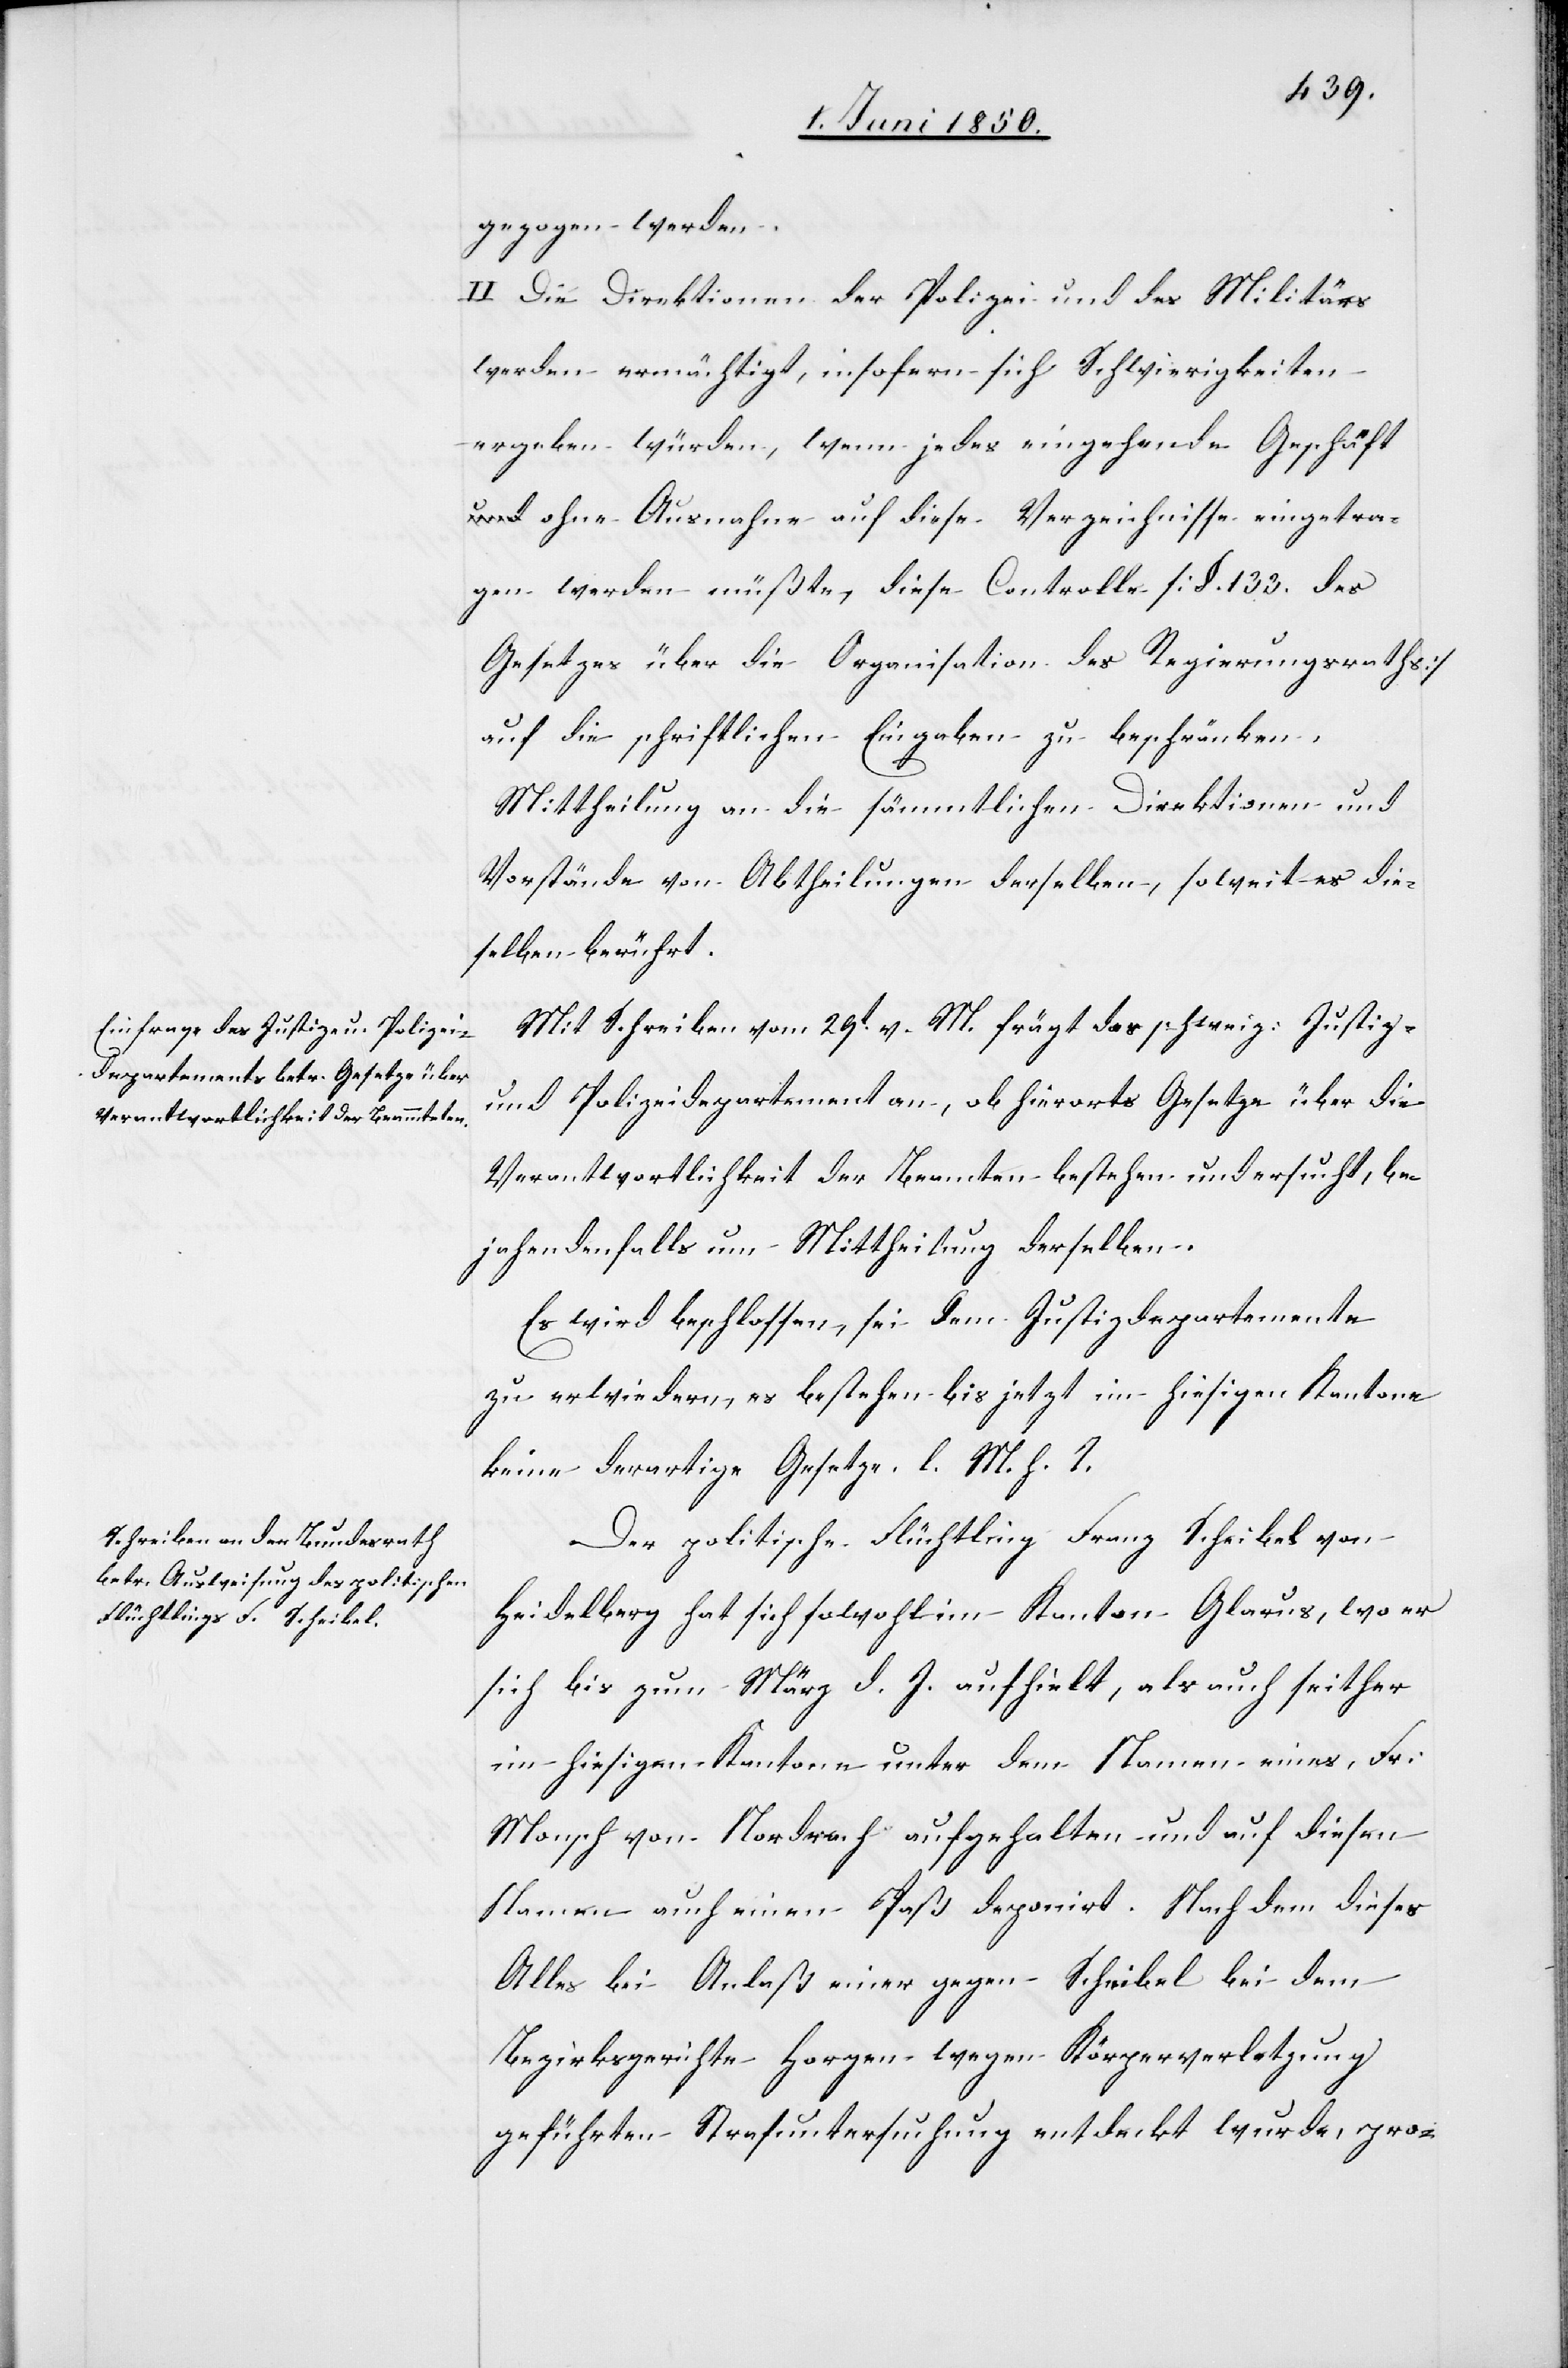
gezogen werden.
II Die Direktionen der Polizei und des Militärs
werden ermächtigt, insofern sich Schwierigkeiten
ergeben würden, wenn jedes eingehende Geschäf¬
t ohne Ausnahme auf diese Verzeichnisse eingetra¬
gen werden müßte, diese Controlle [§. 133. des
Gesetzes über die Organisation des Regierungsraths]
auf die schriftlichen Eingaben zu beschränken.
Mittheilung an die sämmtlichen Direktionen und
Vorstände von Abtheilungen derselben, soweit es die¬
selben berührt.
Mit Schreiben vom 29t v. M. frägt das schweiz: Justiz-
und Polizeidepartement an, ob hierorts Gesetze über die
Verantwortlichkeit der Beamten bestehen und ersucht, be¬
jahendenfalls um Mittheilung derselben.
Es wird beschlossen, sei dem Justizdepartemente
zu erwiedern, es bestehen bis jetzt im hiesigen Kantone
keine derartige Gesetze. l. M. h. T.
Der politische Flüchtling Franz Scheibel von
Heidelberg hat sich sowohl im Kanton Glarus, wo er
sich bis zum März d. J. aufhielt, als auch seither
im hiesigen Kantone unter dem Namen eines, Fr:
Monsch von Nordrach aufgehalten und auf diesen
Namen auch einen Paß deponirt. Nachdem dieses
Alles bei Anlaß einer gegen Scheibel bei dem
Bezirksgerichte Horgen wegen Körperverletzung
geführten Strafuntersuchung entdeckt wurde, pro-